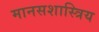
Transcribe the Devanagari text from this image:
मानसशास्त्रिय